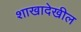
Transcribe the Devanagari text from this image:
शाखादेखील